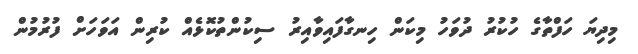
މިދިޔަ ހަފްތާގެ ހުކުރު ދުވަހު މިކަން ހިނގާފައިވާއިރު ސިކުންތުކޮޅެއް ކުރިން އަވަހަށް ފުރުމުން